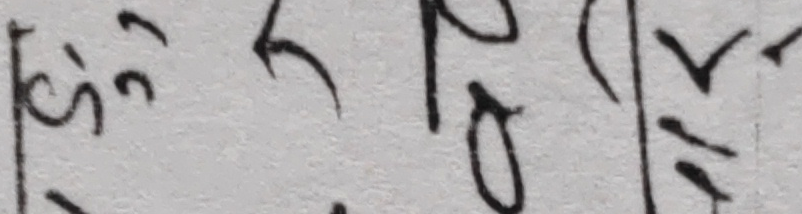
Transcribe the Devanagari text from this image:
सिँ १०